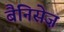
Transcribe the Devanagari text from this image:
बैनिसेज़